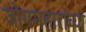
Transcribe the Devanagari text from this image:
जोगमहारांच्या